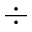
\div